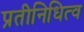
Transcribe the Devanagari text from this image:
प्रतीनिधित्व